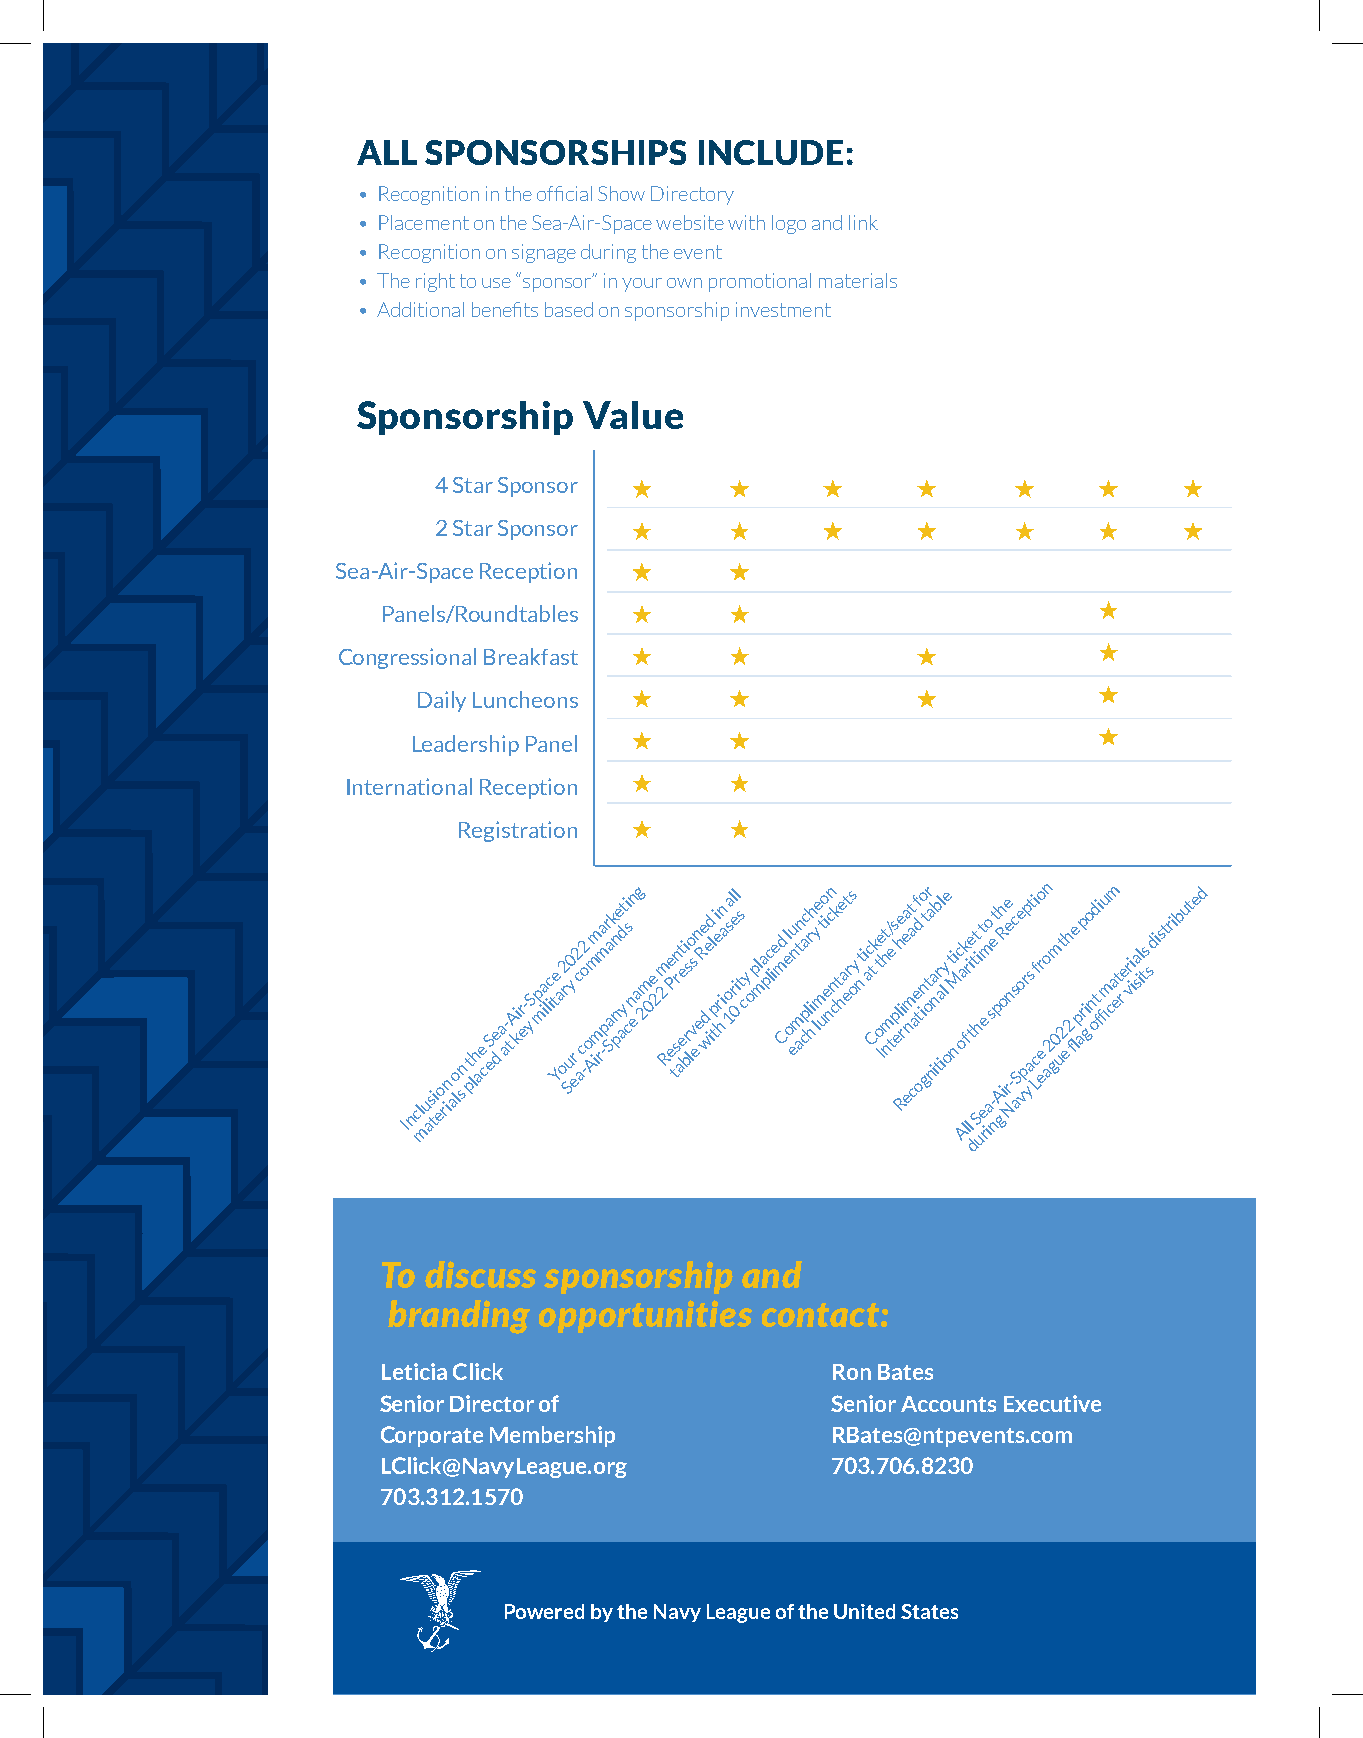
ALL SPONSORSHIPS      INCLUDE:
 • Recognition in the official Show Directory
 • Placement on the Sea-Air-Space website with logo and link
 • Recognition on signage during the event
 • The right to use “sponsor” in your own promotional materials
 • Additional benefits based on sponsorship investment
 Sponsorship    Value
 4 Star Sponsor
 2 Star Sponsor
 Sea-Air-Space Reception
 Panels/Roundtables
 Congressional Breakfast
 Daily Luncheons
 Leadership Panel
 International Reception
 Registration
 Incl mu as ti eo
 rin alo sn t plh ae c eSe d a a- t Ai kr e- y Sp mia lc ite Y a or2 Suy0 r e c2 ac -o2 o Am im m ra -m pr Sa ak pn ne aydt i cs nn e ag 2m 0e 22m Re eP tsrn at eei brs lo vs e n eRe d w e id l tpi e r hin a os 1al rel i 0 s t cy opl ma pc lie md C l e o eu n amtn ca pc lr hih y l e mt uo i e ncn n c k t he at ers oy nt i ac t C k t o Ie ht nm/ te s p elhe Ri rea ent ma
 c
 af e t od io n gt tr o na ia nb tr ial ly e ot ni Mc oa Afk lr li e ttt Si h ut ee
 r
 m iao s -e nt p
 gA
 h iR o re e n
 N
 - sc aSe o vprp ya st i c Lfr eo e o an 2 g0m ut 2 e h 2 fle p arp i g o n od t fi fiu m cam et r er vi isa il ts sdistributed
 d
 To discuss sponsorship  and
 branding  opportunities contact:
 Leticia Click                 Ron Bates
 Senior Director of            Senior Accounts Executive
 Corporate Membership          RBates@ntpevents.com
 LClick@NavyLeague.org         703.706.8230
 703.312.1570
 Powered by the Navy League of the United States